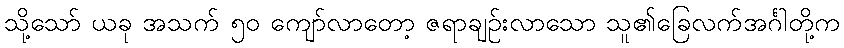
သို့သော် ယခု အသက် ၅၀ ကျော်လာတော့ ဇရာချဉ်းလာသော သူ၏ခြေလက်အင်္ဂါတို့က